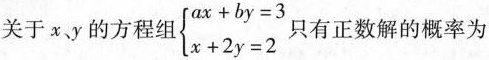
关于x、y的方程组$$\begin{matrix}ax+by=3 \\ x+2y=2\end{matrix}$$ 只有正数解的概率为